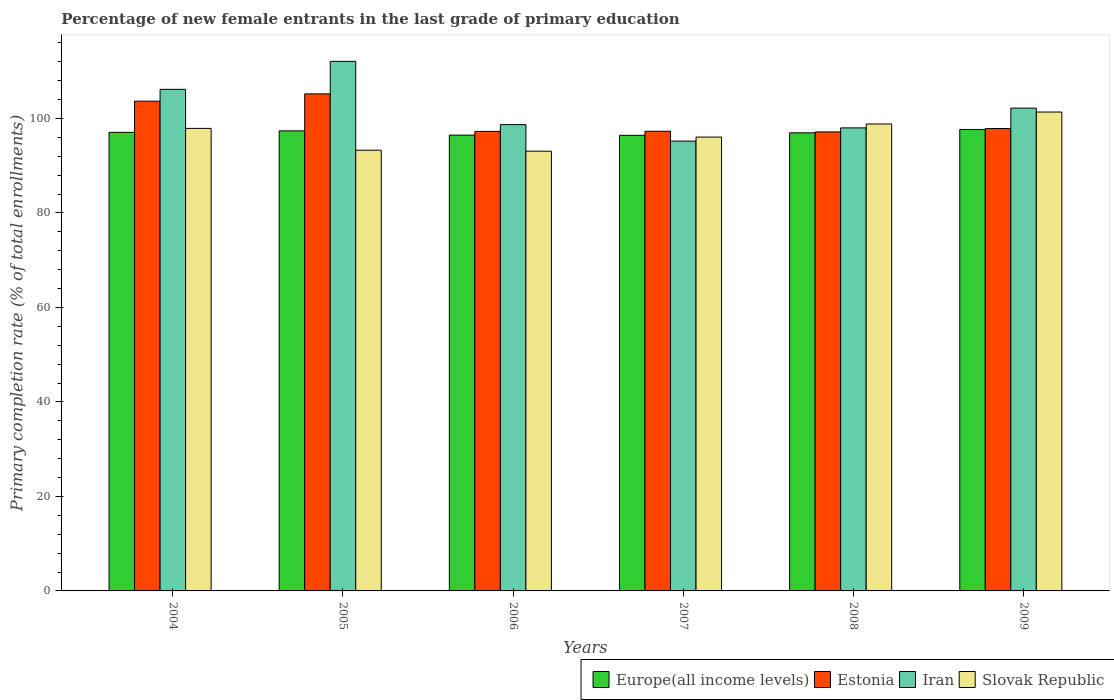
| Years | Europe(all income levels) | Estonia | Iran | Slovak Republic |
 | --- | --- | --- | --- | --- |
 | 2004 | 97.1 | 104 | 106 | 97.9 |
 | 2005 | 97.4 | 105 | 112 | 93.3 |
 | 2006 | 96.5 | 97.3 | 98.7 | 93.1 |
 | 2007 | 96.4 | 97.3 | 95.2 | 96.1 |
 | 2008 | 97 | 97.2 | 98 | 98.8 |
 | 2009 | 97.7 | 97.9 | 102 | 101 |